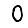
Digit: 0